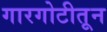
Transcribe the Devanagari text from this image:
गारगोटीतून